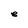
Character: e